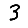
Digit: 3